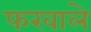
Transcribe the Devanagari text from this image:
फरवाले